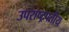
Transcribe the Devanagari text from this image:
उपराष्ट्रपतीय